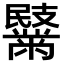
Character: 𪓏